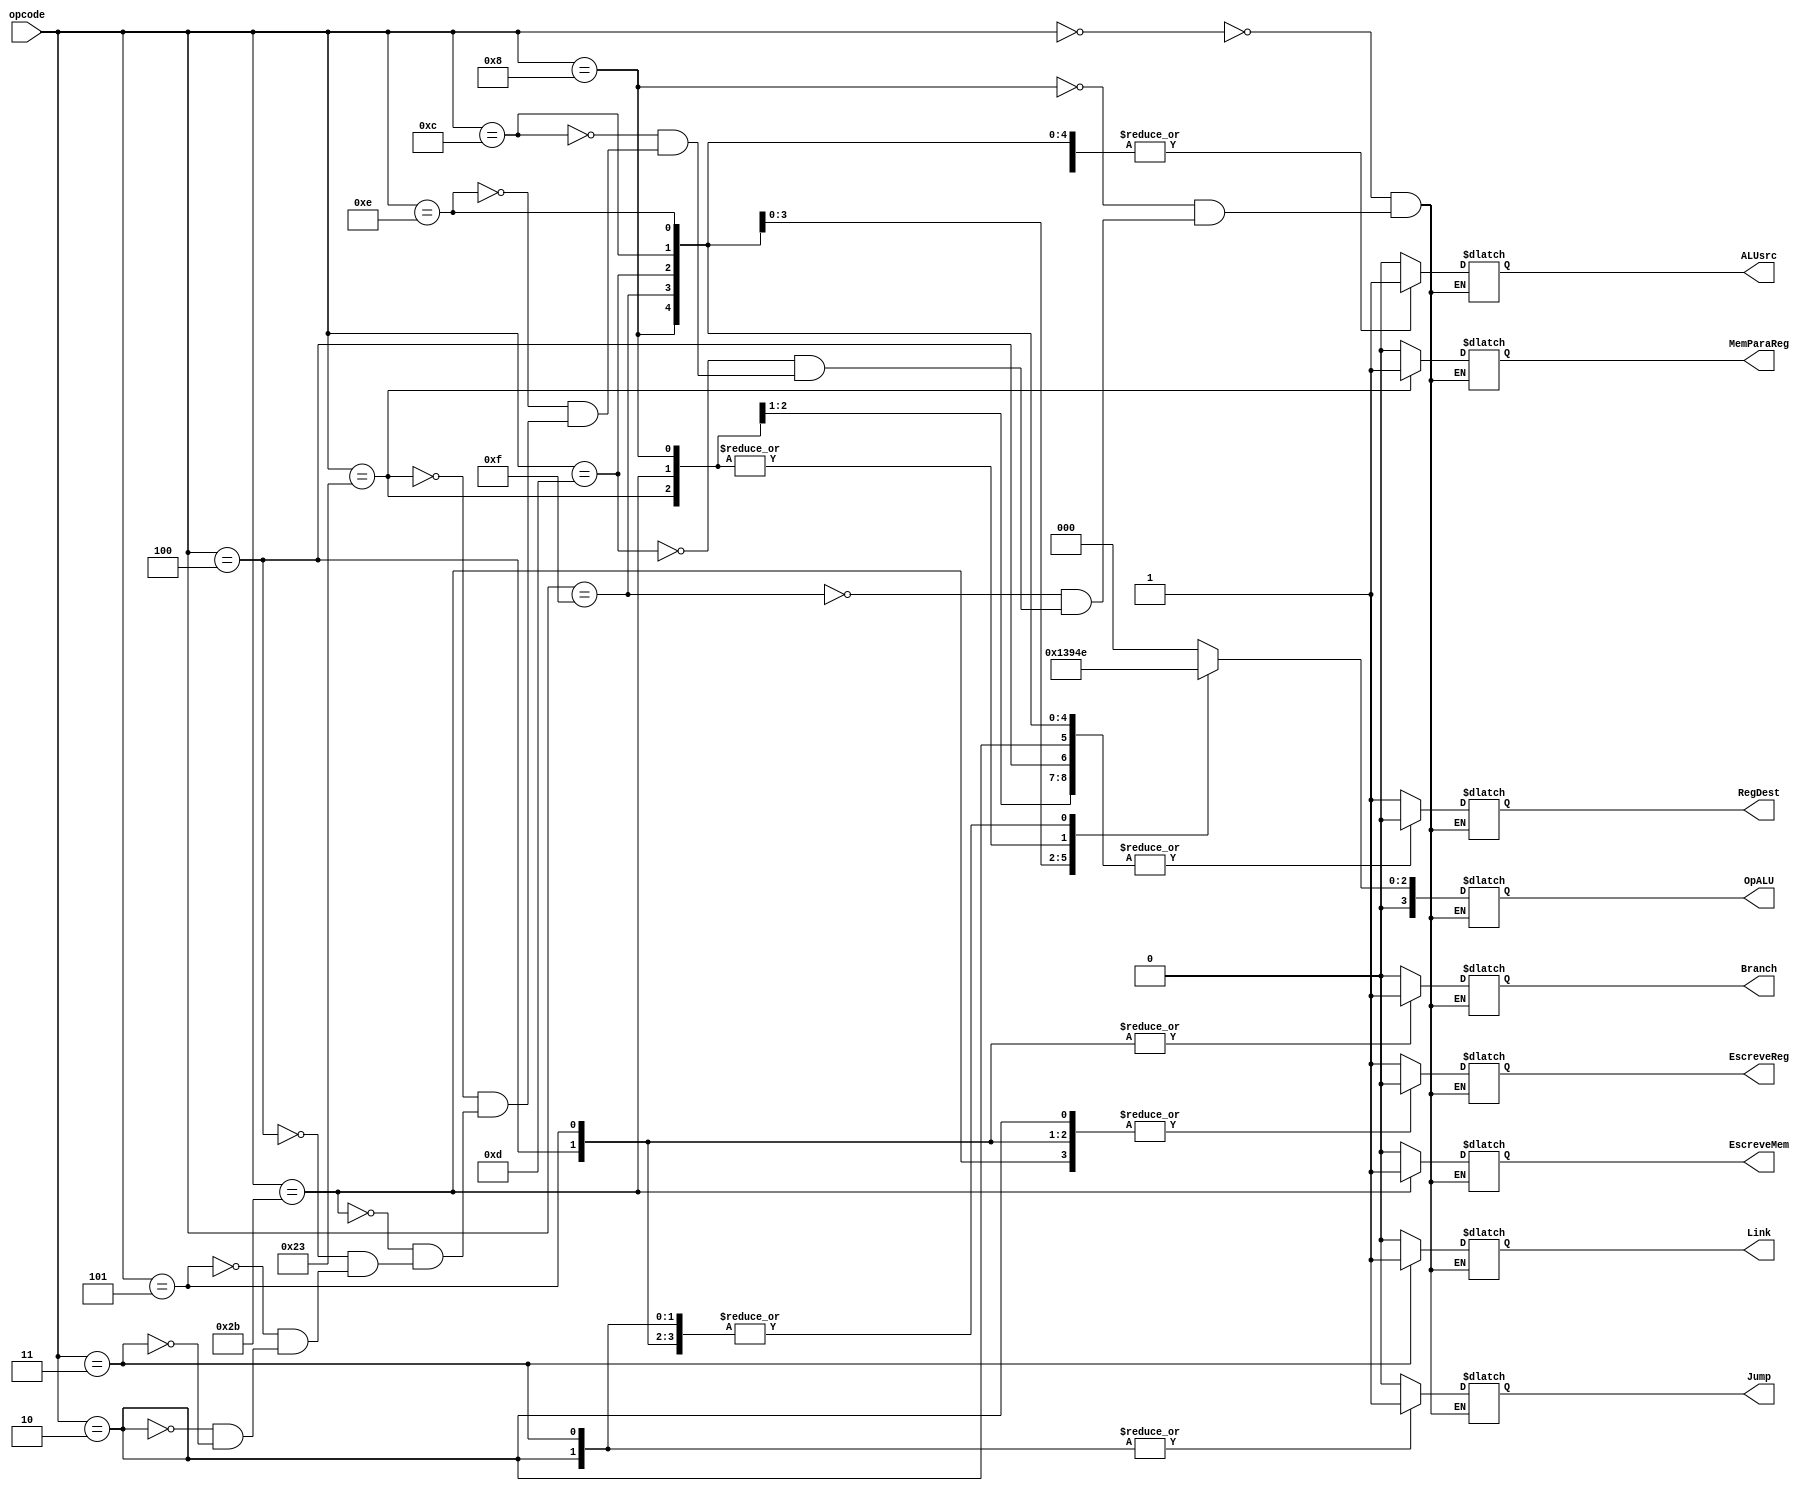
module Controle (
	input wire [5:0] opcode, 
	output reg RegDest, 
	output reg ALUsrc, 
	output reg MemParaReg, 
	output reg EscreveReg, 
	output reg Jump, 
	output reg EscreveMem, 
	output reg Branch, 
	output reg [3:0] OpALU,
	output reg Link
);

always @ (opcode)
	case (opcode)
		// tipo r
		6'b000000: begin
			RegDest <= 1;
			ALUsrc <= 0;
			MemParaReg <= 0;
			EscreveReg	<= 1;
			Jump <= 0;
			EscreveMem <= 0;
			Branch <= 0;
			OpALU <= 0;
			Link <= 0;
			end
		// addi
		6'b001000: begin
			RegDest <= 0;
			ALUsrc <= 1;
			MemParaReg <= 0;
			EscreveReg	<= 1;
			Jump <= 0;
			EscreveMem <= 0;
			Branch <= 0;
			OpALU <= 1;
			Link <= 0;
			end
		// lui
		6'b001111: begin
			RegDest <= 0;
			ALUsrc <= 1;
			MemParaReg <= 0;
			EscreveReg	<= 1;
			Jump <= 0;
			EscreveMem <= 0;
			Branch <= 0;
			OpALU <= 2;
			Link <= 0;
			end
		// ori
		6'b001101: begin
			RegDest <= 0;
			ALUsrc <= 1;
			MemParaReg <= 0;
			EscreveReg	<= 1;
			Jump <= 0;
			EscreveMem <= 0;
			Branch <= 0;
			OpALU <= 3;
			Link <= 0;
			end
		// andi
		6'b001100: begin
			RegDest <= 0;
			ALUsrc <= 1;
			MemParaReg <= 0;
			EscreveReg	<= 1;
			Jump <= 0;
			EscreveMem <= 0;
			Branch <= 0;
			OpALU <= 4;
			Link <= 0;
			end
		// xori
		6'b001110: begin
			RegDest <= 0;
			ALUsrc <= 1;
			MemParaReg <= 0;
			EscreveReg	<= 1;
			Jump <= 0;
			EscreveMem <= 0;
			Branch <= 0;
			OpALU <= 5;
			Link <= 0;
			end
		// lw
		6'b100011: begin
			RegDest <= 0;
			ALUsrc <= 1;
			MemParaReg <= 1;
			EscreveReg	<= 1;
			Jump <= 0;
			EscreveMem <= 0;
			Branch <= 0;
			OpALU <= 1;
			Link <= 0;
			end
		// sw
		6'b101011: begin
			RegDest <= 0;
			ALUsrc <= 1;
			MemParaReg <= 0;
			EscreveReg	<= 0;
			Jump <= 0;
			EscreveMem <= 1;
			Branch <= 0;
			OpALU <= 1;
			Link <= 0;
			end
		// beq
		6'b000100: begin
			RegDest <= 0;
			ALUsrc <= 0;
			MemParaReg <= 0;
			EscreveReg	<= 0;
			Jump <= 0;
			EscreveMem <= 0;
			Branch <= 1;
			OpALU <= 6;
			Link <= 0;
			end
		// bne
		6'b000101: begin
			RegDest <= 1;
			ALUsrc <= 0;
			MemParaReg <= 0;
			EscreveReg	<= 0;
			Jump <= 0;
			EscreveMem <= 0;
			Branch <= 1;
			OpALU <= 6;
			Link <= 0;
			end
		// jump
		6'b000010: begin
			RegDest <= 0;
			ALUsrc <= 0;
			MemParaReg <= 0;
			EscreveReg	<= 0;
			Jump <= 1;
			EscreveMem <= 0;
			Branch <= 0;
			OpALU <= 6;
			Link <= 0;
			end
		// jal
		6'b000011: begin
			RegDest <= 1;
			ALUsrc <= 0;
			MemParaReg <= 0;
			EscreveReg	<= 1;
			Jump <= 1;
			EscreveMem <= 0;
			Branch <= 0;
			OpALU <= 6;
			Link <= 1;
			end
		endcase
endmodule